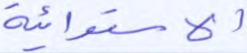
الاستوائية